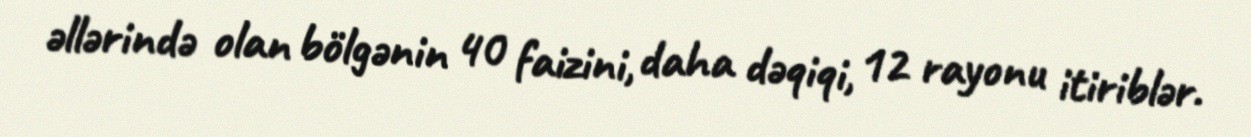
əllərində olan bölgənin 40 faizini, daha dəqiqi, 12 rayonu itiriblər.